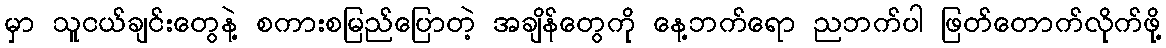
မှာ သူငယ်ချင်းတွေနဲ့ စကားစမြည်ပြောတဲ့ အချိန်တွေကို နေ့ဘက်ရော ညဘက်ပါ ဖြတ်တောက်လိုက်ဖို့